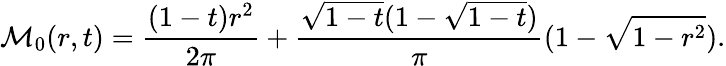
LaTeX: \mathcal{M}_{0}(r,t)=\frac{(1-t)r^{2}}{2\pi}+\frac{\sqrt{1-t}(1-\sqrt{1-t})}{\pi}(1-\sqrt{1-r^{2}}).